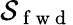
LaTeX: {\cal S}_{\mathrm{~f~w~d~}}